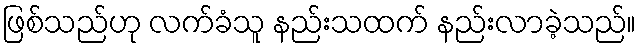
ဖြစ်သည်ဟု လက်ခံသူ နည်းသထက် နည်းလာခဲ့သည်။